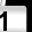
Digit: 1